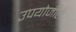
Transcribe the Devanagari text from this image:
उपयोजीले